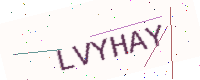
Text: LVYHAY